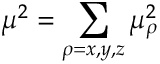
\mu ^ { 2 } = \sum _ { \rho = x , y , z } \mu _ { \rho } ^ { 2 }